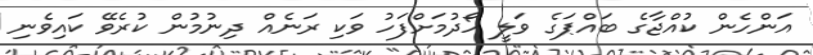
އަންހެން ކުއްޖާގެ ބައްޕަގެ ވަލީ ހޯދުމަށްފަހު ވަކި ރަނެއް ދިނުމުން ކުރެވޭ ކައިވެނި